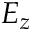
E _ { z }